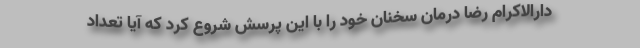
دارالاکرام رضا درمان سخنان خود را با این پرسش شروع کرد که آیا تعداد